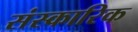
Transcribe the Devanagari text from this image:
संस्कारिक